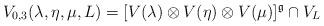
LaTeX: \begin{align*}V_{0, 3}(\lambda, \eta, \mu, L) = [V(\lambda) \otimes V(\eta)\otimes V(\mu)]^{\mathfrak{g}} \cap V_L\\\end{align*}